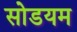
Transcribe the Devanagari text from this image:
सोडयम